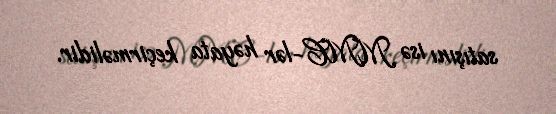
satışını isə MMC-lər həyata keçirməlidir.